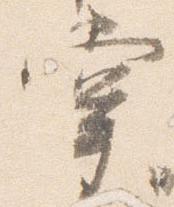
掌